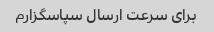
برای سرعت ارسال سپاسگزارم